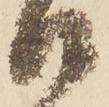
口